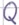
Text: Q